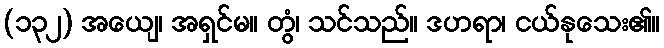
(၁၃၂) အယျေ၊ အရှင်မ။ တွံ၊ သင်သည်။ ဒဟရာ၊ ငယ်နုသေး၏။